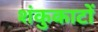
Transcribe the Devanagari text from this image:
शंकुकाटों